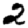
Digit: 2